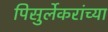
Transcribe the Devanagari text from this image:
पिसुर्लेकरांच्या